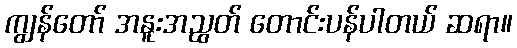
ကျွန်တော် အနူးအညွတ် တောင်းပန်ပါတယ် ဆရာ။